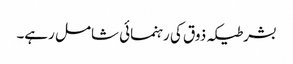
بشرطیکہ ذوق کی رہنمائی شامل رہے۔